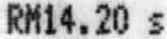
RM14.20 S